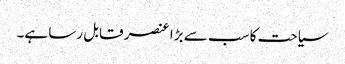
سیاحت کا سب سے بڑا عنصر قابل رسا ہے۔